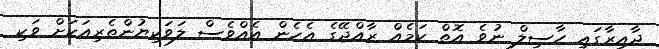
ދާއިރާގައި ހާސިލް ނުވެ އޮތް ކަމެއް ރާއްޖޭގެ އެހެން އެއްވެސް ލަވަކިޔުންތެރިއަކަށް ވަކި